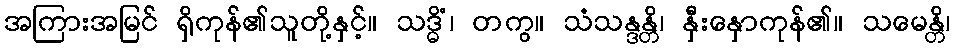
အကြားအမြင် ရှိကုန်၏သူတို့နှင့်။ သဒ္ဓိံ၊ တကွ။ သံသန္ဒန္တိ၊ နှီးနှောကုန်၏။ သမေန္တိ၊